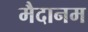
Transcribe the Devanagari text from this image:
मैदानम